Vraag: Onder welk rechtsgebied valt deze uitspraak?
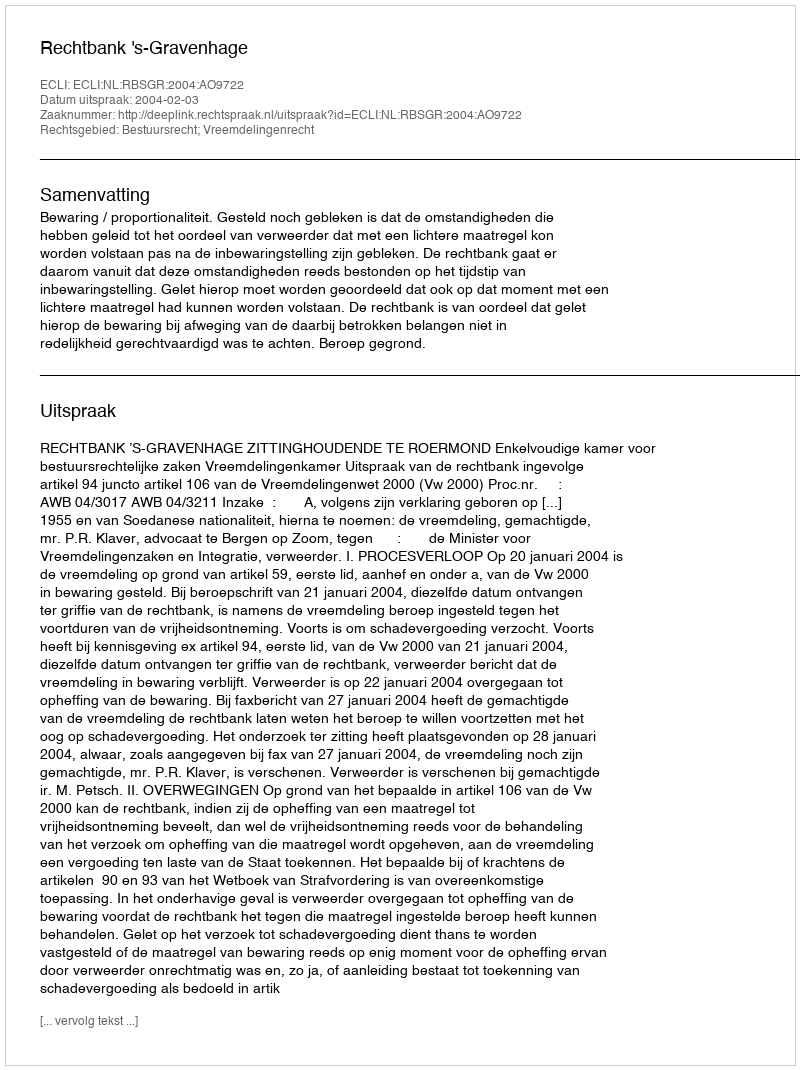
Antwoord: Bestuursrecht; Vreemdelingenrecht